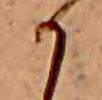
か